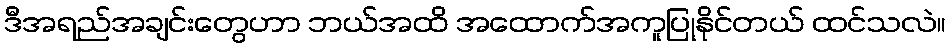
ဒီအရည်အချင်းတွေဟာ ဘယ်အထိ အထောက်အကူပြုနိုင်တယ် ထင်သလဲ။